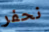
نحفر